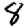
Digit: 8